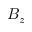
B _ { z }